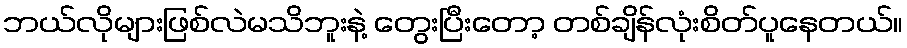
ဘယ်လိုများဖြစ်လဲမသိဘူးနဲ့ တွေးပြီးတော့ တစ်ချိန်လုံးစိတ်ပူနေတယ်။